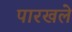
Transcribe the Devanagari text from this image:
पारखले